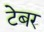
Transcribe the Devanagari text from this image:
टेबर